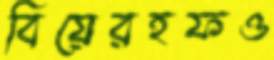
বিয়েরহফও